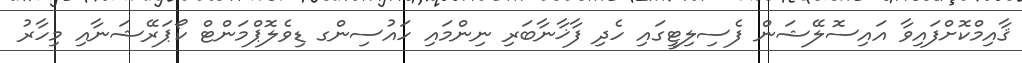
ޤާއިމްކޮށްފައިވާ އައިސޮލޭޝަން ފެސިލިޓީގައި ހެދި ފާޚާނާބަރި ނިންމައި ހައުސިންގ ޑިވެލޮޕްމަންޓް ކޯޕަރޭޝަނާއި މިހާރު